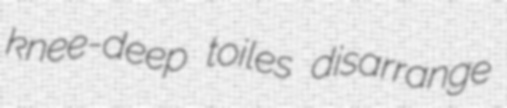
knee-deep toiles disarrange